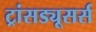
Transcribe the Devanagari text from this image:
ट्रांसड्यूसर्स